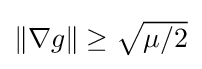
{\textstyle \|\nabla g\|\geq {\sqrt {\mu /2}}}